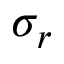
\sigma _ { r }